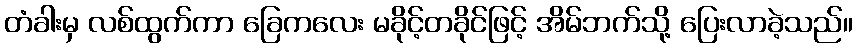
တံခါးမှ လစ်ထွက်ကာ ခြေကလေး မခိုင့်တခိုင်ဖြင့် အိမ်ဘက်သို့ ပြေးလာခဲ့သည်။